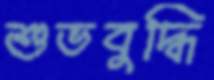
শুভবুদ্ধি